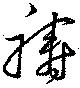
祷